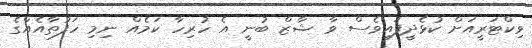
ވިކްޓަރީއަށް ކުޅެދީފައިވެސް ވާ ޝާޒް ބުނީ އެ ހުރިހާ ކަމެއް ނިމި ހަފުތާއެއްގެ